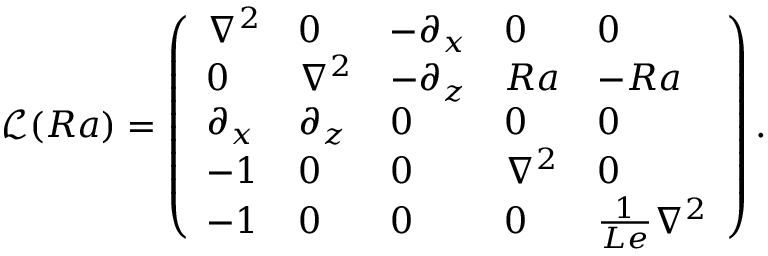
\mathcal { L } ( R a ) = \left( \begin{array} { l l l l l } { \nabla ^ { 2 } } & { 0 } & { - \partial _ { x } } & { 0 } & { 0 } \\ { 0 } & { \nabla ^ { 2 } } & { - \partial _ { z } } & { R a } & { - R a } \\ { \partial _ { x } } & { \partial _ { z } } & { 0 } & { 0 } & { 0 } \\ { - 1 } & { 0 } & { 0 } & { \nabla ^ { 2 } } & { 0 } \\ { - 1 } & { 0 } & { 0 } & { 0 } & { \frac { 1 } { L e } \nabla ^ { 2 } } \end{array} \right) .